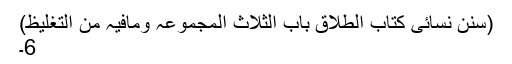
(سنن نسائی کتاب الطلاق باب الثلاث المجموعہ ومافیہ من التغلیظ)
6۔